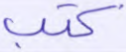
كتب